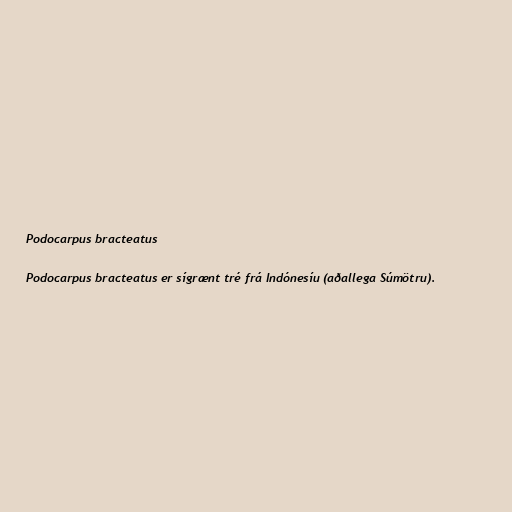
Podocarpus bracteatus

Podocarpus bracteatus er sígrænt tré frá Indónesíu (aðallega Súmötru).